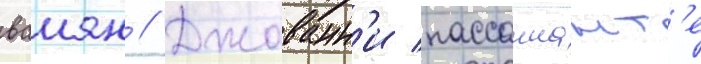
ваиян // Джованн'и пассаннант'е